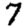
Digit: 7